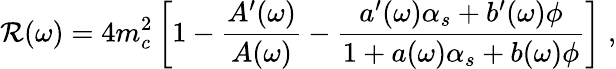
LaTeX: {\cal{\mathcal{R}}}(\omega)=4m_{c}^{2}\left[1-\frac{{A^{\prime}(\omega)}}{{A(\omega)}}-\frac{{a^{\prime}(\omega)\alpha_{s}+b^{\prime}(\omega)\phi}}{{1+a(\omega)\alpha_{s}+b(\omega)\phi}}\right]\; ,